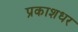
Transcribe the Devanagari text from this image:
प्रकाशधर